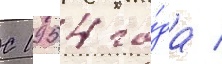
С 1954 го́да /